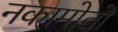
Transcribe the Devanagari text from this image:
नकामोतो